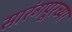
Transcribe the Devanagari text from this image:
सारंगपूरच्या